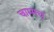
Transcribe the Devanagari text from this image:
चाम्मच